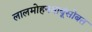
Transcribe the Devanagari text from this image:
लालमोहनबाबूंसोबत